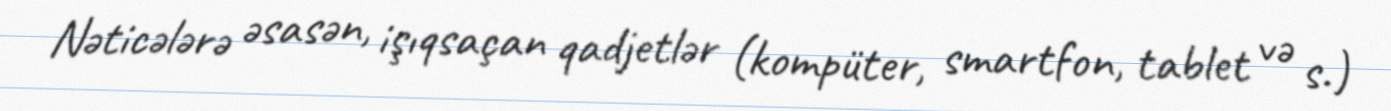
Nəticələrə əsasən, işıqsaçan qadjetlər (kompüter, smartfon, tablet və s.)